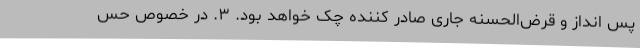
پس انداز و قرض‌الحسنه جاری صادر کننده چک خواهد بود. ۳. در خصوص حس